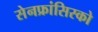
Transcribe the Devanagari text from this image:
सेनफ्रांसिस्को